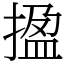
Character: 㨕